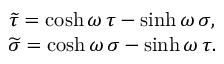
\begin{array} { c } { { \widetilde { \tau } = \cosh \omega \, \tau - \sinh \omega \, \sigma , \hfill } } \\ { { \widetilde { \sigma } = \cosh \omega \, \sigma - \sinh \omega \, \tau . \hfill } } \end{array}